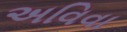
અવિવા